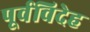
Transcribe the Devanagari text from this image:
पूर्वविदेह